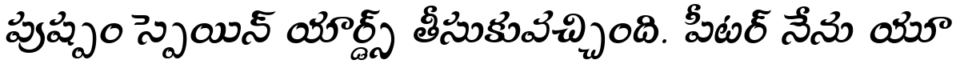
పుష్పం స్పెయిన్ యార్డ్స్ తీసుకువచ్చింది. పీటర్ నేను యూ